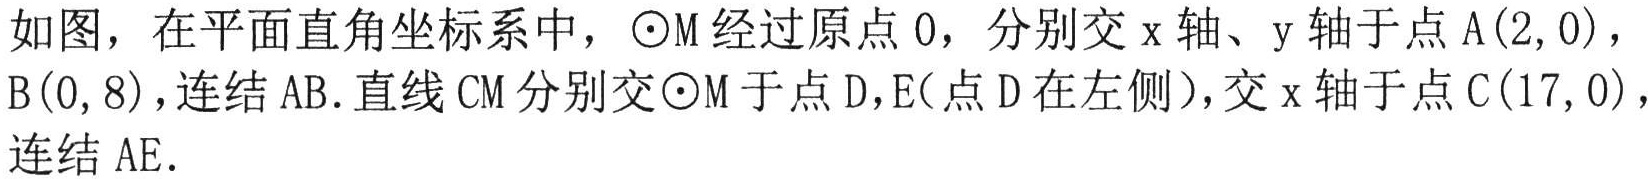
如图，在平面直角坐标系中，$\odot M$经过原点$O$，分别交$x$轴、$y$轴于点$A(2,0)$，$B(0,8)$，连结$AB$.直线$CM$分别交$\odot M$于点$D$，$E$（点$D$在左侧），交$x$轴于点$C(17,0)$，连结$AE$.